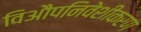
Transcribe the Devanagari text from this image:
विऔपनिवेशीकरण